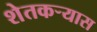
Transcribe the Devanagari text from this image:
शेतकर्‍यास